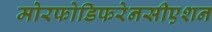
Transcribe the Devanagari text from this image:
मोरफोडिफरेनसीएशन